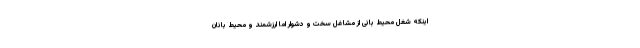
اینکه شغل محیط بانی از مشاغل سخت و دشوار اما ارزشمند و محیط بانان